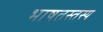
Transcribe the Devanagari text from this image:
भाषतस्तस्य